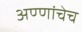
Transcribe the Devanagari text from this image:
अण्णांचेच